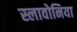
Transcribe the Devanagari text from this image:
स्लावोनिया